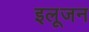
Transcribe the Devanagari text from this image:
इलूजन